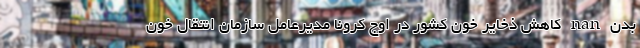
بدن nan کاهش ذخایر خون کشور در اوج کرونا مدیرعامل سازمان انتقال خون